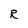
Character: R